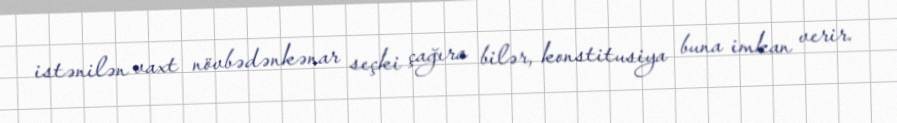
istənilən vaxt növbədənkənar seçki çağıra bilər, konstitusiya buna imkan verir.